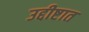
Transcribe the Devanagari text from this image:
उद्दीष्टात